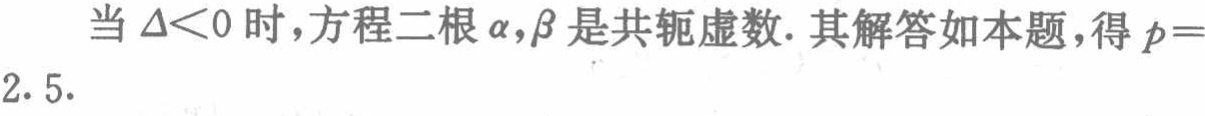
当\(\Delta<0\)时，方程二根\(\alpha,\beta\)是共轭虚数. 其解答如本题，得\(p = 2.5\).